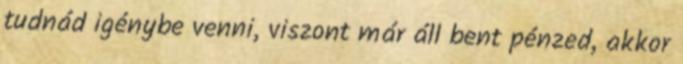
tudnád igénybe venni, viszont már áll bent pénzed, akkor